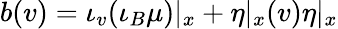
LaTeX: b(v)=\iota_{v}(\iota_{B}\mu)|_{x}+\eta|_{x}(v)\eta|_{x}